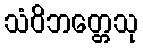
သံဝိဘတ္တေသု